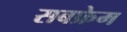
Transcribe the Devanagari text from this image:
सबफ्रेम